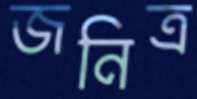
জনিত্র